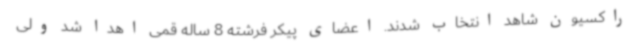
راکسیون شاهد انتخاب شدند. اعضای پیکر فرشته 8 ساله قمی اهدا شد ولی